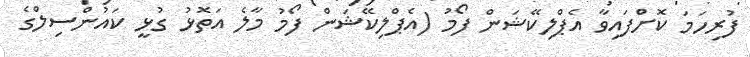
ފުރިހަމަ ކޮށްފައިވާ އެޕްލިކޭޝަން ފޯމު (އެޕްލިކޭޝަން ފޯމު މާލެ އަތޮޅު ގުޅީ ކައުންސިލްގެ